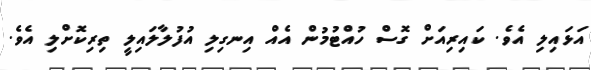
އަޅައިލި އެވެ. ކައިރިއަށް ގޮސް ހުއްޓުމުން އެއް އިނގިލި އުފުލާލައިލީ ތިރިކޮށްލި އެވެ.